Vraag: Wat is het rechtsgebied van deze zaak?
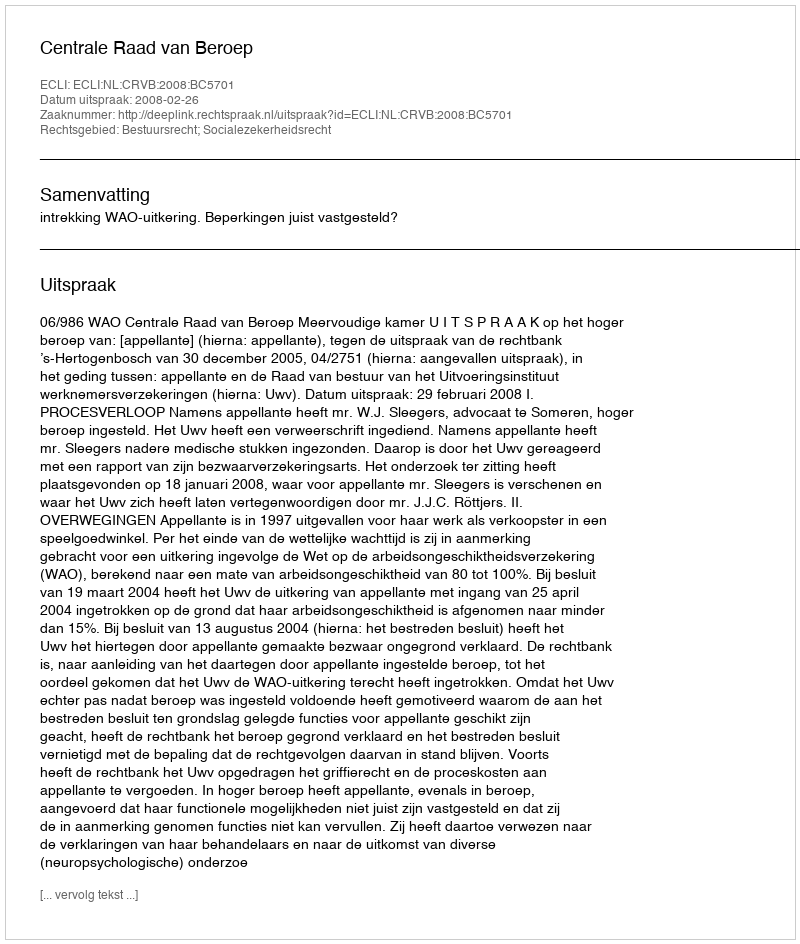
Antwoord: Bestuursrecht; Socialezekerheidsrecht